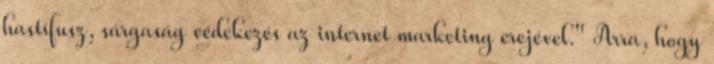
hastífusz, sárgaság védekezés az internet marketing erejével." Arra, hogy